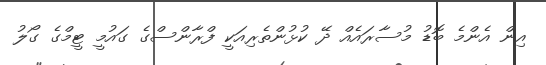
އިން އެންމެ ބޮޑު މުސާރައެއް ދޭ ކުޅުންތެރިއަކީ ފްރާންސްގެ ގައުމީ ޓީމްގެ ގޯލު